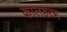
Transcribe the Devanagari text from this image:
कालहरण